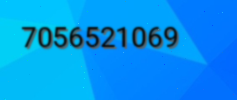
7056521069